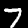
Label: 7